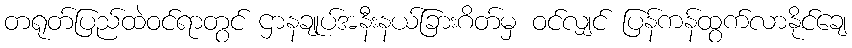
တရုတ်ပြည်ထဲဝင်ရာတွင် ဌာနချုပ်အနီးနယ်ခြားဂိတ်မှ ဝင်လျှင် ပြန်ကန်ထွက်လာနိုင်ချေ